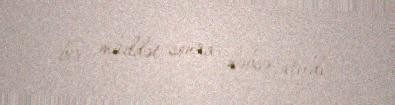
bir müddət sonra həbsə atıldı.